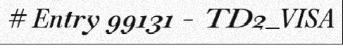
# Entry 99131 - TD2_VISA